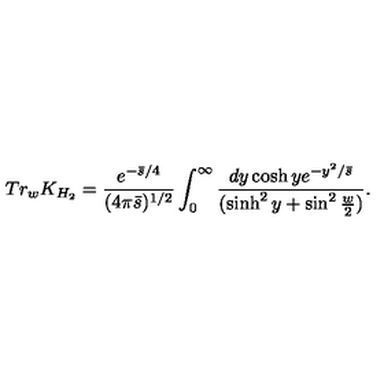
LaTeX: T r _ { w } K _ { H _ { 2 } } = { \frac { e ^ { - { \bar { s } / 4 } } } { ( 4 \pi \bar { s } ) ^ { 1 / 2 } } } \int _ { 0 } ^ { \infty } { \frac { d y \cosh y e ^ { - { y ^ { 2 } / \bar { s } } } } { ( \sinh ^ { 2 } y + \sin ^ { 2 } { \frac { w } { 2 } } ) } } .